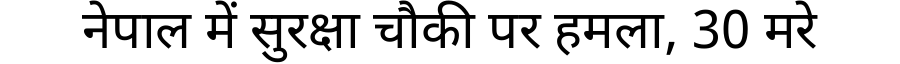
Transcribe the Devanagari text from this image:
नेपाल में सुरक्षा चौकी पर हमला, 30 मरे